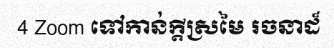
4 Zoom ទៅកាន់ក្តីស្រមៃ រចនាដ៏